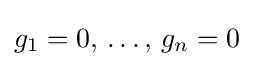
g_{1}=0,\,\ldots ,\,g_{n}=0